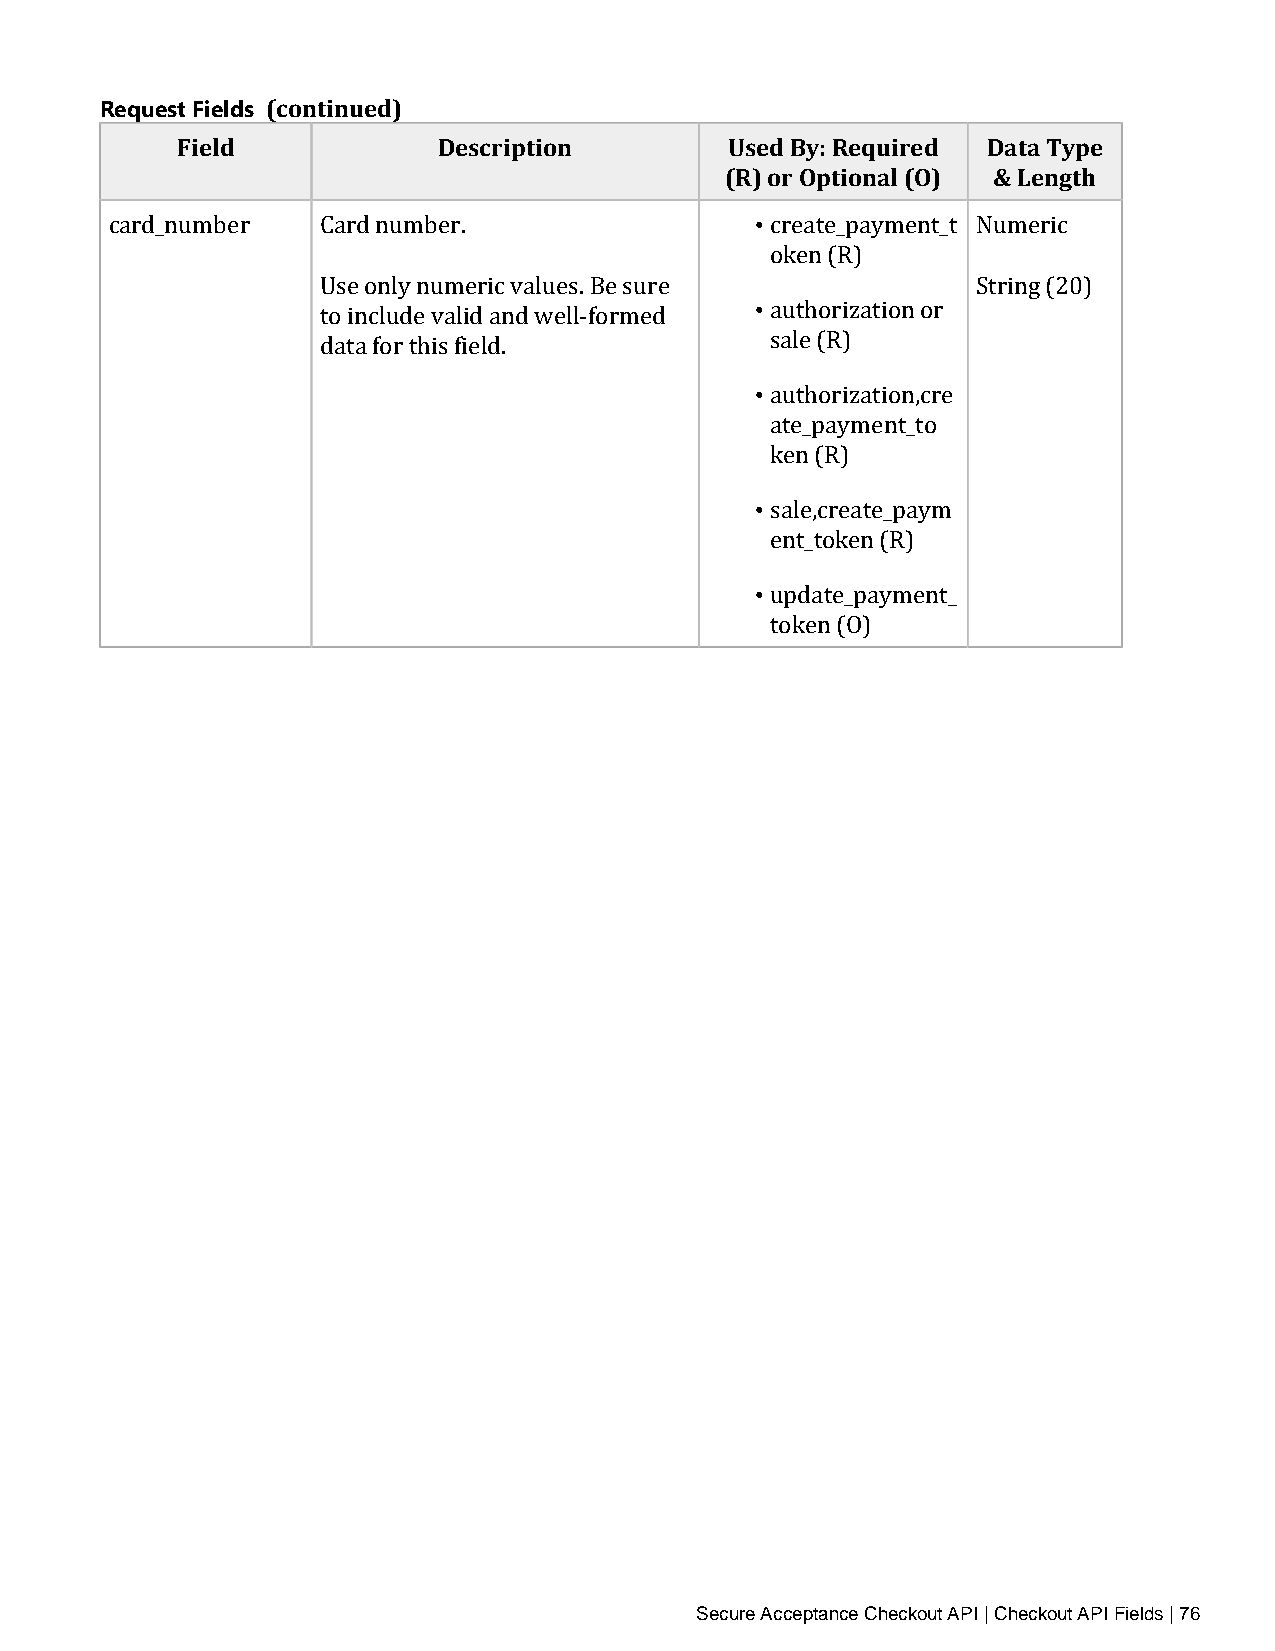
Request Fields (continued)
 Field            Description        Used By: Required Data Type
 (R) or Optional (O) & Length
 •
 card_number   Card number.                  create_payment_t Numeric
 • oken (R)
 Use only numeric values. Be sure            String (20)
 to include valid and well‑formed authorization or
 data for this field.         • sale (R)
 authorization,cre
 ate_payment_to
 • ken (R)
 sale,create_paym
 • ent_token (R)
 update_payment_
 token (O)
 Secure Acceptance Checkout API | Checkout API Fields | 76